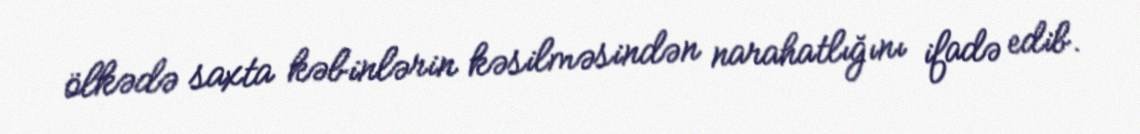
ölkədə saxta kəbinlərin kəsilməsindən narahatlığını ifadə edib.